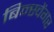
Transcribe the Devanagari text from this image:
बिन्स्वेंगर